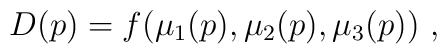
D(p)=f(\mu_1(p),\mu_2(p),\mu_3(p))~,\hskip 1cm